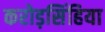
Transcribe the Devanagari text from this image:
करोड़सिंहिया